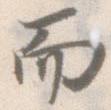
而